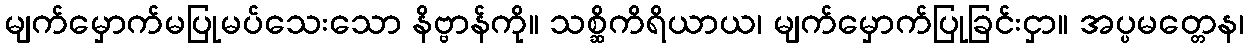
မျက်မှောက်မပြုမပ်သေးသော နိဗ္ဗာန်ကို။ သစ္ဆိကိရိယာယ၊ မျက်မှောက်ပြုခြင်းငှာ။ အပ္ပမတ္တေန၊